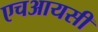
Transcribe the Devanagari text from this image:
एचआयसी